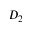
D _ { 2 }